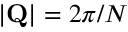
| \mathbf { Q } | = 2 \pi / N